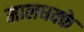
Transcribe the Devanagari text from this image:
मालधक्के